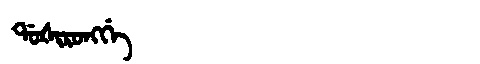
Manchu: ᡩᠣᡧᡳᡵᠣᠩᡤᡝ
Romanization: DOŠIRONGGE